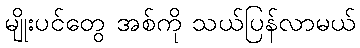
မျိုးပင်တွေ အစ်ကို သယ်ပြန်လာမယ်